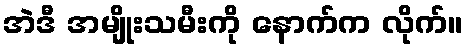
အဲဒီ အမျိုးသမီးကို နောက်က လိုက်။